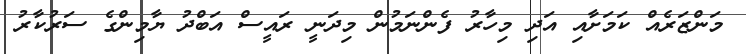
މަންޒަރެއް ކަމަށާއި އަދި މިހާރު ފެންނަމުން މިދަނީ ރައީސް އަބްދު ޔާމިންގެ ސަރުކާރު